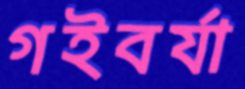
গইবর্যা